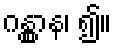
ဂန္တွာန၊ ၍။